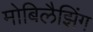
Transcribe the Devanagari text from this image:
मोबिलैझिंग